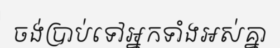
ចង់ប្រាប់ទៅអ្នកទាំងអស់គ្នា